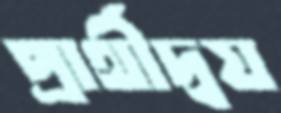
প্রার্থীদ্বয়